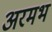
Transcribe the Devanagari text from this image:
अरमभ